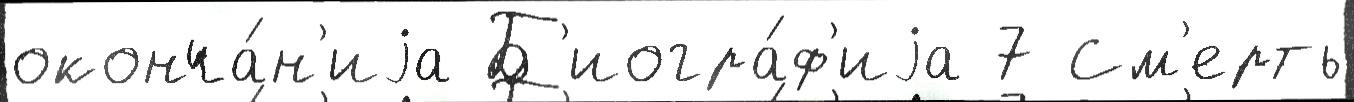
оконча́н'иjа Б'иогра́ф'иjа 7 См'ерть